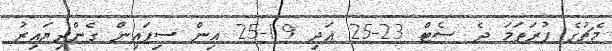
މެޗުގެ ފުރަތަމަ ދެ ސެޓް 23-25 އަދި 19-25 އިން ސިފައިން ގެންދިޔައިރު